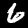
Digit: 6